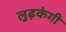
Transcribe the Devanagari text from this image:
लुढ़केगी